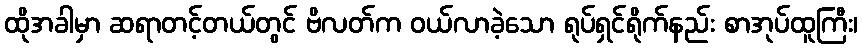
ထိုအခါမှာ ဆရာတင့်တယ်တွင် ဗိလတ်က ဝယ်လာခဲ့သော ရုပ်ရှင်ရိုက်နည်း စာအုပ်ထူကြီး၊